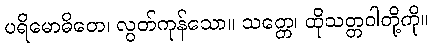
ပရိမောဓိတေ၊ လွတ်ကုန်သော။ သတ္တေ၊ ထိုသတ္တဝါတို့ကို။